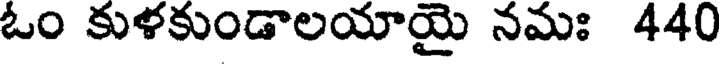
ఓం కుళకుండాలయాయై నమః 440